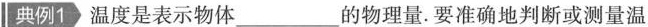
典例1 温度是表示物体___的物理量。要准确地判断或测量温